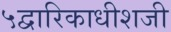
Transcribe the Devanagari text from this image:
५द्वारिकाधीशजी